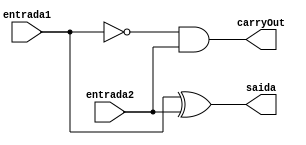
// ------------------------- 
// Exemplo0021 - SUBTRATOR COMPLETA
// Nome: Michelle Da Costa Silva 
// ------------------------- 

// ------------------------- 
// subtrator completa
// ------------------------- 

  module meio_subtrator (output saida, output carryOut, input entrada1, input entrada2); 
      
		wire saida_not;
		
		not NOT1 (saida_not, entrada1);    
		
		xor XOR1 (saida, entrada1, entrada2);
      and AND1 (carryOut, saida_not, entrada2);
       
	 endmodule // meio_subtrator
	 
  module subtrator_completo (output saida, output carryOut, input entrada1, input entrada2, input carryIn); 

		wire [2:0]s; 

      meio_subtrator MS1 (s[0], s[1], entrada1, entrada2);
		meio_subtrator MS2 (saida, s[2], s[0], carryIn);
		
		or OR1 (carryOut, s[1], s[2]);	 
	     
	 endmodule // subtrator_completo 

  module subtrator_completo2 (output [3:0]saida, output carryOut, input [3:0]entrada1, input [3:0]entrada2, input carryIn); 

      wire [2:0]s;
		
		subtrator_completo SC1 (saida[0], s[0], entrada1[0], entrada2[0], carryIn);
		subtrator_completo SC2 (saida[1], s[1], entrada1[1], entrada2[1], s[0]);
		subtrator_completo SC3 (saida[2], s[2], entrada1[2], entrada2[2], s[1]);
		subtrator_completo SC4 (saida[3], carryOut, entrada1[3], entrada2[3], s[2]);

    endmodule // subtrator_completo2 

// ------------------------- 
// -- test subtrator completo
// -------------------------
    
	  module test_subtrator_completo2; 

// ------------------------- definir dados 
    
	 reg  [3:0] x;
	 reg  [3:0] y;
	 reg  cIn;
	 wire [3:0] s;
	 wire cOut;

// ------------------------- instancia 
	 
     subtrator_completo2 modulo (s, cOut, x, y, cIn);
	  
// ------------------------- parte principal 

    initial begin 
    $display("Exemplo0021 - Michelle da Costa Silva - 427448"); 
    $display("Test ALU's subtrator completo \n");
	 $display("x - y - carryIn = carryOut  saida \n");

     #1 x = 4'b0001; y = 4'b0010; cIn = 0;
	 $monitor("%4b - %4b - %b = %b %4b", x, y, cIn, cOut, s);
	  #1 x = 4'b0001; y = 4'b0010; cIn = 1;
		
	  #1 x = 4'b1010; y = 4'b1100; cIn = 0;
	  #1 x = 4'b1010; y = 4'b1100; cIn = 1;
		
     #1 x = 4'b1110; y = 4'b0110; cIn = 0;
	  #1 x = 4'b1110; y = 4'b0110; cIn = 1;
		 
     #1 x = 4'b0100; y = 4'b0011; cIn = 0;
	  #1 x = 4'b0100; y = 4'b0011; cIn = 1;
		
     end 
   endmodule // test_fullAdder2